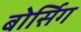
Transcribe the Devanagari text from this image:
बोर्सिग